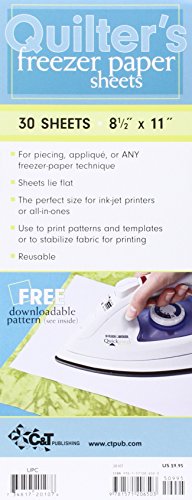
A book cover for Quilter's Freezer Paper Sheets; C&T Publishing; Crafts, Hobbies & Home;